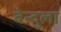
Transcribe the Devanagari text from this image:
बेन्दुला